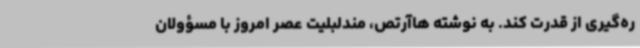
ره‌گیری از قدرت کند. به نوشته هاآرتص، مندلبلیت عصر امروز با مسؤولان